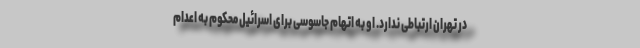
در تهران ارتباطی ندارد. او به اتهام جاسوسی برای اسرائیل محکوم به اعدام